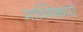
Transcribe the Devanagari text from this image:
माध्यिकाएं